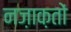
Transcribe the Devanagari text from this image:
नज़ाक़तों